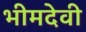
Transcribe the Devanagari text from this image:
भीमदेवी